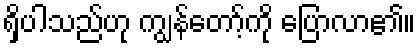
ရှိပါသည်ဟု ကျွန်တော့်ကို ပြောလာ၏။